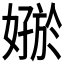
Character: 𪦟